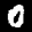
Label: 0